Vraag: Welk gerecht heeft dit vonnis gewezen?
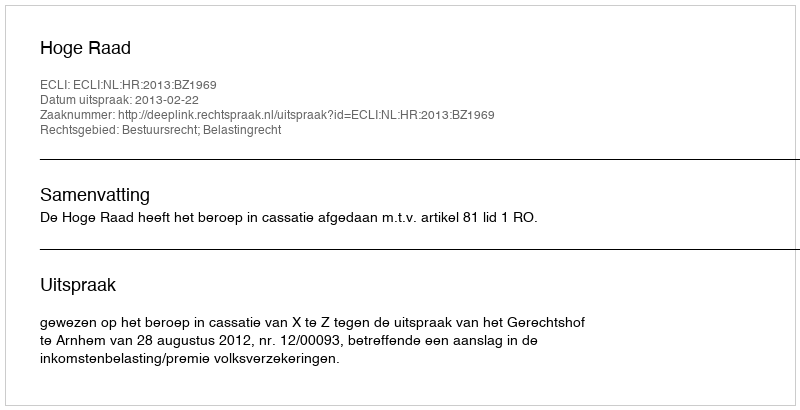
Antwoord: Hoge Raad